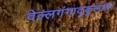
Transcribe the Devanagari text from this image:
वेल्लगंगादुकूलया।